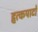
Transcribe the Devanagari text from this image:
हृत्कपाटों